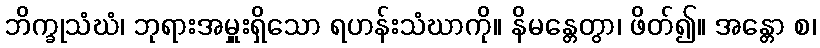
ဘိက္ခုသံဃံ၊ ဘုရားအမှူးရှိသော ရဟန်းသံဃာကို။ နိမန္တေတွာ၊ ဖိတ်၍။ အန္တော စ၊